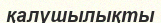
қалушылықты